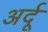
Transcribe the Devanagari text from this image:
अर्दू